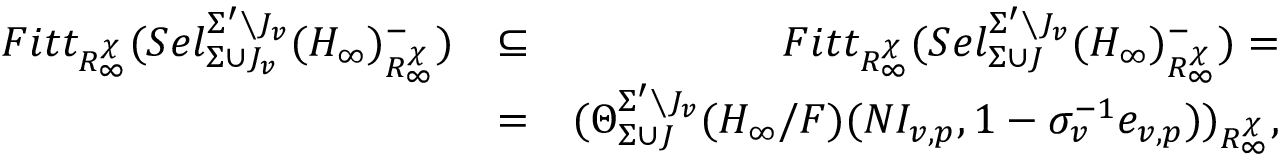
\begin{array} { r l r } { F i t t _ { R _ { \infty } ^ { \chi } } ( S e l _ { \Sigma \cup J _ { v } } ^ { \Sigma ^ { \prime } \setminus J _ { v } } ( H _ { \infty } ) _ { R _ { \infty } ^ { \chi } } ^ { - } ) } & { \subseteq } & { F i t t _ { R _ { \infty } ^ { \chi } } ( S e l _ { \Sigma \cup J } ^ { \Sigma ^ { \prime } \setminus J _ { v } } ( H _ { \infty } ) _ { R _ { \infty } ^ { \chi } } ^ { - } ) = } \\ & { = } & { ( \Theta _ { \Sigma \cup J } ^ { \Sigma ^ { \prime } \setminus J _ { v } } ( H _ { \infty } / F ) ( N I _ { v , p } , 1 - \sigma _ { v } ^ { - 1 } e _ { v , p } ) ) _ { R _ { \infty } ^ { \chi } } , } \end{array}